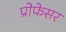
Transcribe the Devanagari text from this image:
प्रोेफेसर